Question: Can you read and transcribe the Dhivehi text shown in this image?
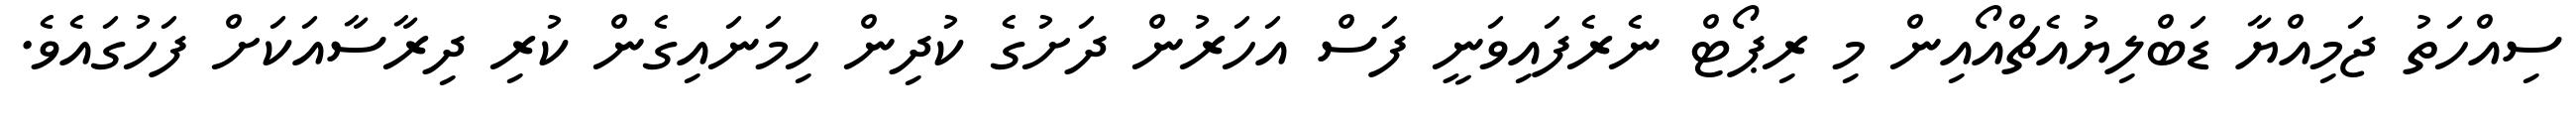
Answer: ސިއްހަތު ޖަމިއްޔާ ޑަބްލިޔުއެޗްއޯއިން މި ރިޕޯޓް ނެރެފައިވަނީ ފަސް އަހަރުން ދަށުގެ ކުދިން ހިމަނައިގެން ކުރި ދިރާސާއަކަށް ފަހުގައެވެ.